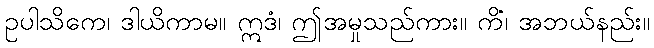
ဥပါသိကေ၊ ဒါယိကာမ။ ဣဒံ၊ ဤအမှုသည်ကား။ ကိံ၊ အဘယ်နည်း။